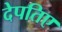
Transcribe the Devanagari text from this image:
देपतिए